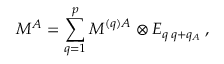
{ \cal M } ^ { A } = \sum _ { q = 1 } ^ { p } { \cal M } ^ { ( q ) A } \otimes E _ { q \, q + q _ { A } } \, ,